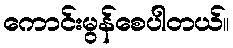
ကောင်းမွန်စေပါတယ်။